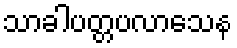
သာခါပတ္တပလာသေန